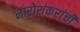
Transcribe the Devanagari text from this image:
नारोशंकरांची